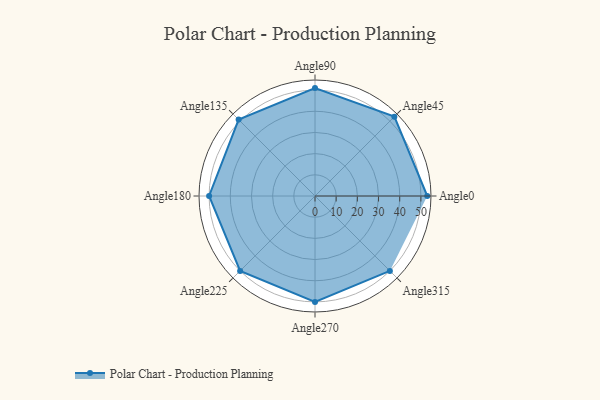
{"axis": {"x": "Angle", "y": "Radius"}, "legend": [""], "data": [{"x": "Angle0", "y": 53.0, "type": ""}, {"x": "Angle45", "y": 53.0, "type": ""}, {"x": "Angle90", "y": 51.0, "type": ""}, {"x": "Angle135", "y": 51.0, "type": ""}, {"x": "Angle180", "y": 50, "type": ""}, {"x": "Angle225", "y": 50, "type": ""}, {"x": "Angle270", "y": 50, "type": ""}, {"x": "Angle315", "y": 50, "type": ""}]}